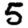
Digit: 5